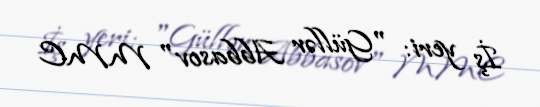
İş yeri: "Güllər Abbasov" MMC